Annual report of the Punjab Veterinary College and of the Civil Veterinary Department, Punjab - 1926-1932
Year: 1926
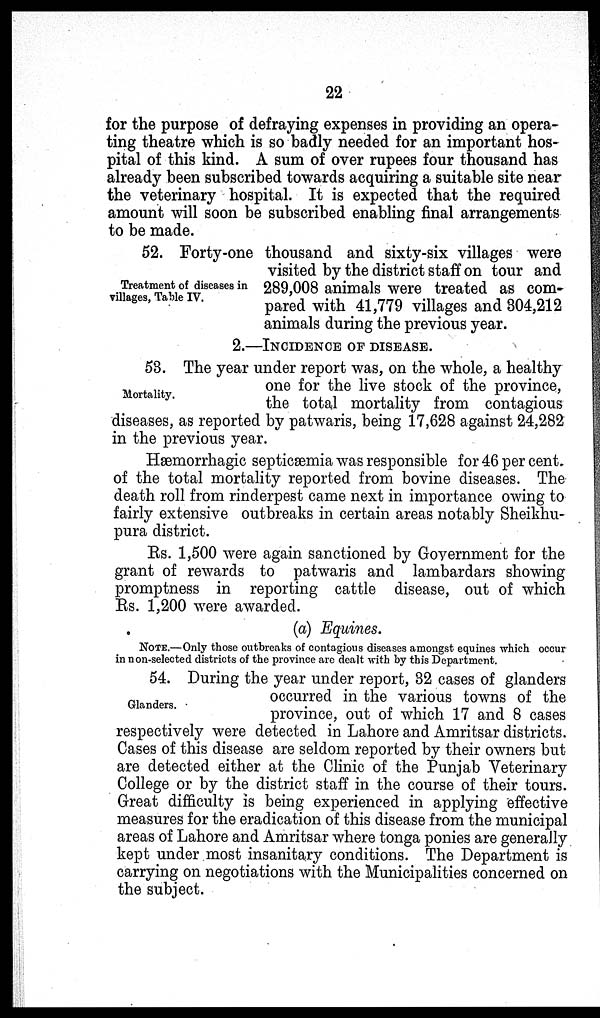
22
for the purpose of defraying expenses in providing an opera-
ting theatre which is so badly needed for an important hos-
pital of this kind. A sum of over rupees four thousand has
already been subscribed towards acquiring a suitable site near
the veterinary hospital. It is expected that the required
amount will soon be subscribed enabling final arrangements
to be made.
Treatment of diseases in
villages, Table IV.
52. Forty-one thousand and sixty-six villages were
visited by the district staff on tour and
289,008 animals were treated as com-
pared with 41,779 villages and 304,212
animals during the previous year.
2.—INCIDENCE OF DISEASE.
Mortality.
53. The year under report was, on the whole, a healthy
one for the live stock of the province,
the total mortality from contagious
diseases, as reported by patwaris, being 17,628 against 24,282
in the previous year.
Hæmorrhagic septicæmia was responsible for 46 per cent.
of the total mortality reported from bovine diseases. The
death roll from rinderpest came next in importance owing to
fairly extensive outbreaks in certain areas notably Sheikhu-
pura district.
Rs. 1,500 were again sanctioned by Government for the
grant of rewards to patwaris and lambardars showing
promptness in reporting cattle disease, out of which
Rs. 1,200 were awarded.
(a) Equines.
NOTE.—Only those outbreaks of contagions diseases amongst equines which occur
in non-selected districts of the province are dealt with by this Department.
Glanders.
54. During the year under report, 32 cases of glanders
occurred in the various towns of the
province, out of which 17 and 8 cases
respectively were detected in Lahore and Amritsar districts.
Cases of this disease are seldom reported by their owners but
are detected either at the Clinic of the Punjab Veterinary
College or by the district staff in the course of their tours.
Great difficulty is being experienced in applying "effective
measures for the eradication of this disease from the municipal
areas of Lahore and Amritsar where tonga ponies are generally
kept under most insanitary conditions. The Department is
carrying on negotiations with the Municipalities concerned on
the subject.